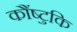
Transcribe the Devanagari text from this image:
कौंष्टुकि